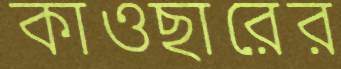
কাওছারের